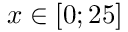
x \in [ 0 ; 2 5 ]